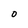
Character: O